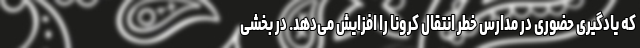
که یادگیری حضوری در مدارس خطر انتقال کرونا را افزایش می‌دهد. در بخشی